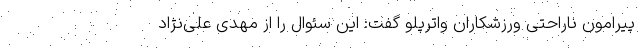
پیرامون ناراحتی ورزشکاران واترپلو گفت: این سئوال را از مهدی علی‌نژاد